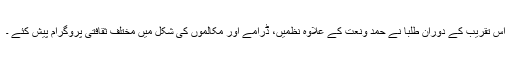
اس تقریب کے دوران طلبا نے حمد ونعت کے علاوہ نظمیں، ڈرامے اور مکالموں کی شکل میں مختلف ثقافتی پروگرام پیش کئے ۔